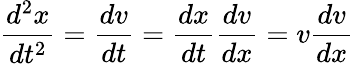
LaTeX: {\frac{d^{2}x}{dt^{2}}}={\frac{dv}{dt}}={\frac{dx}{dt}}{\frac{dv}{dx}}=v{\frac{dv}{dx}}